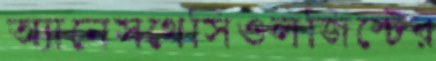
অ্যানেসথেসিওলজিস্টের